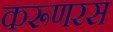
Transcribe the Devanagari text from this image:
करूणरस